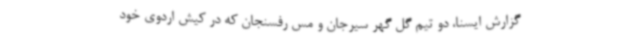
گزارش ایسنا، دو تیم گل گهر سیرجان و مس رفسنجان که در کیش اردوی خود